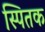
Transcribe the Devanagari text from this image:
स्पितक